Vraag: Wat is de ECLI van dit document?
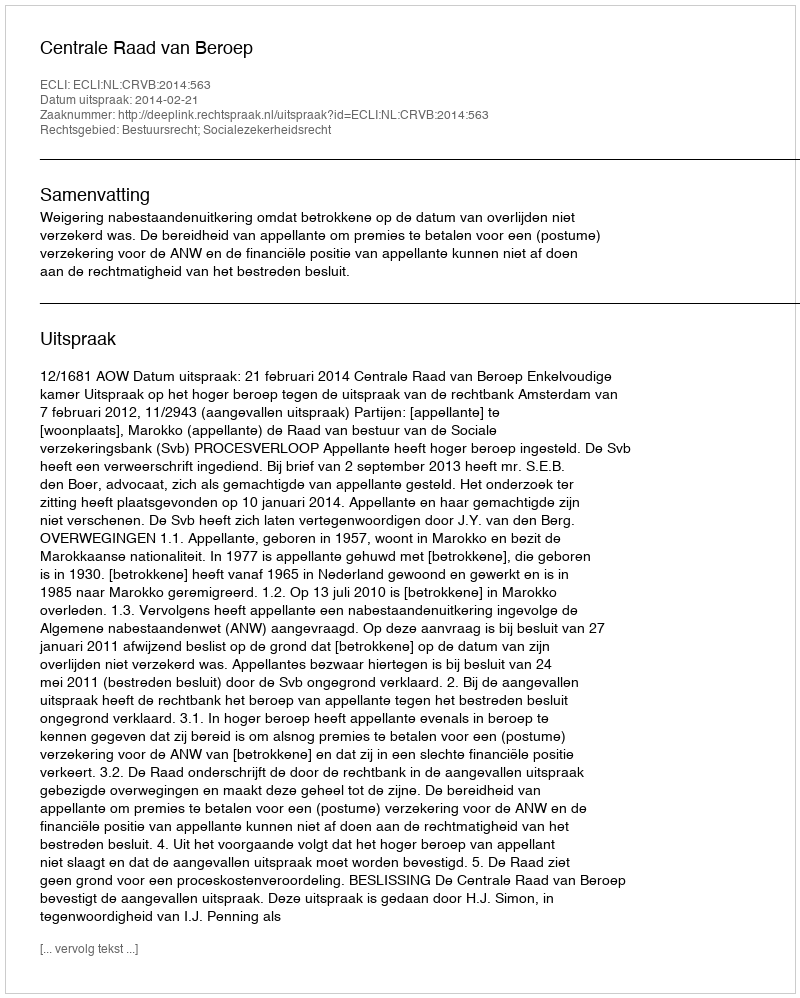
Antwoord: ECLI:NL:CRVB:2014:563